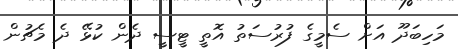
މަހިބަދޫ އަށް ސެމީގެ ފުރުސަތު އޮތީ ޓީސީ ދެން ކުޅޭ ދެ މެޗުން